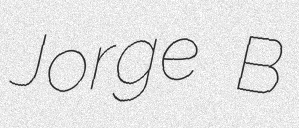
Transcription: Jorge B